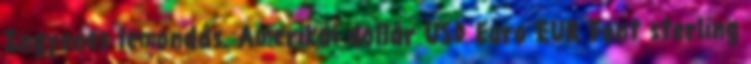
Ingyenes lemondás. Amerikai dollár USD Euro EUR Font sterling